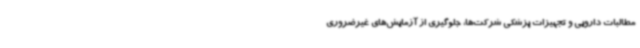
مطالبات دارویی و تجهیزات پزشکی شرکت‌ها، جلوگیری از آزمایش‌های غیرضروری